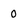
Character: 0